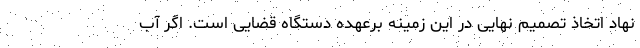
نهاد اتخاذ تصمیم نهایی در این زمینه برعهده دستگاه قضایی است. اگر آب